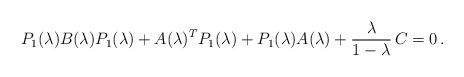
LaTeX: \begin{align*} P_1(\lambda)B(\lambda) P_1(\lambda)+A(\lambda)^T P_1(\lambda)+ P_1(\lambda)A(\lambda)+ \frac{\lambda}{1-\lambda}\, C=0\,.\end{align*}